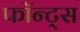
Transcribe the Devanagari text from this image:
फॉन्ट्स